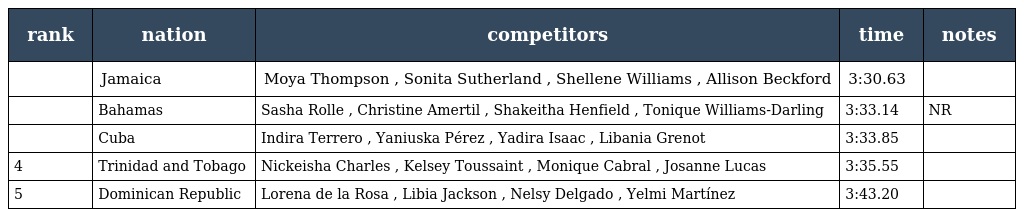
| rank | nation | competitors | time | notes |
 | --- | --- | --- | --- | --- |
 |  | Jamaica | Moya Thompson , Sonita Sutherland , Shellene Williams , Allison Beckford | 3:30.63 |  |
 |  | Bahamas | Sasha Rolle , Christine Amertil , Shakeitha Henfield , Tonique Williams-Darling | 3:33.14 | NR |
 |  | Cuba | Indira Terrero , Yaniuska Pérez , Yadira Isaac , Libania Grenot | 3:33.85 |  |
 | 4 | Trinidad and Tobago | Nickeisha Charles , Kelsey Toussaint , Monique Cabral , Josanne Lucas | 3:35.55 |  |
 | 5 | Dominican Republic | Lorena de la Rosa , Libia Jackson , Nelsy Delgado , Yelmi Martínez | 3:43.20 |  |